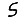
Digit: 5